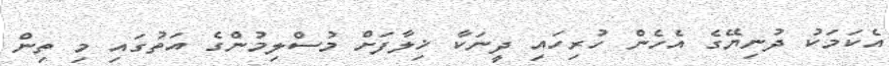
އެކަމަކު ދުނިޔޭގެ އެހެން ހުރިހައި ދީނަކާ ޚިލާފަށް މުސްލިމުންގެ އަތުގައި މި ތިން